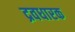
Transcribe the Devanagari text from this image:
द्रवधारक